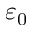
\varepsilon _ { 0 }